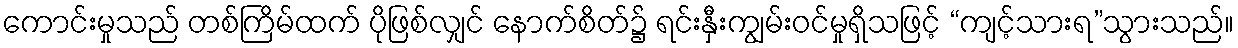
ကောင်းမှုသည် တစ်ကြိမ်ထက် ပိုဖြစ်လျှင် နောက်စိတ်၌ ရင်းနှီးကျွမ်းဝင်မှုရှိသဖြင့် “ကျင့်သားရ”သွားသည်။